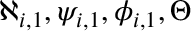
\aleph _ { i , 1 } , \psi _ { i , 1 } , \phi _ { i , 1 } , \Theta